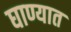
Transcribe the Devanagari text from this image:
घाण्यात